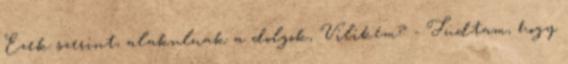
Ezek szerint, alakulnak a dolgok, Vilikém? - Tudtam, hogy